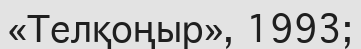
«Телқоңыр», 1993;